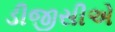
ડીજીસીએ